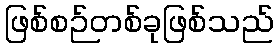
ဖြစ်စဉ်တစ်ခုဖြစ်သည်